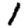
Digit: 1